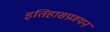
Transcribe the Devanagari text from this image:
इतिहासप्रणयन